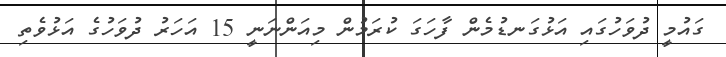
ގައުމީ ދުވަހުގައި އަޅުގަނޑުމެން ފާހަގަ ކުރަމުން މިއަންނަނީ 15 އަހަރު ދުވަހުގެ އަޅުވެތި